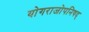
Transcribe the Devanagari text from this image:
योगराजोपनिषद्